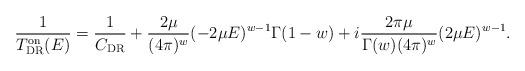
LaTeX: \begin{align*}\frac{1}{T^{\rm on}_{\rm DR}(E)}=\frac{1}{C_{\rm DR}} + \frac{2 \mu}{(4 \pi)^{w}} (-2 \mu E)^{w-1} \Gamma(1-w) + i \frac{2 \pi \mu}{\Gamma(w) (4 \pi)^{w}} (2 \mu E)^{w - 1}.\end{align*}